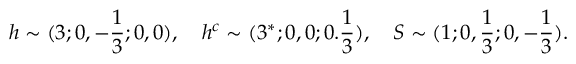
h \sim ( 3 ; 0 , - { \frac { 1 } { 3 } } ; 0 , 0 ) , ~ ~ ~ h ^ { c } \sim ( 3 ^ { * } ; 0 , 0 ; 0 . { \frac { 1 } { 3 } } ) , ~ ~ ~ S \sim ( 1 ; 0 , { \frac { 1 } { 3 } } ; 0 , - { \frac { 1 } { 3 } } ) .